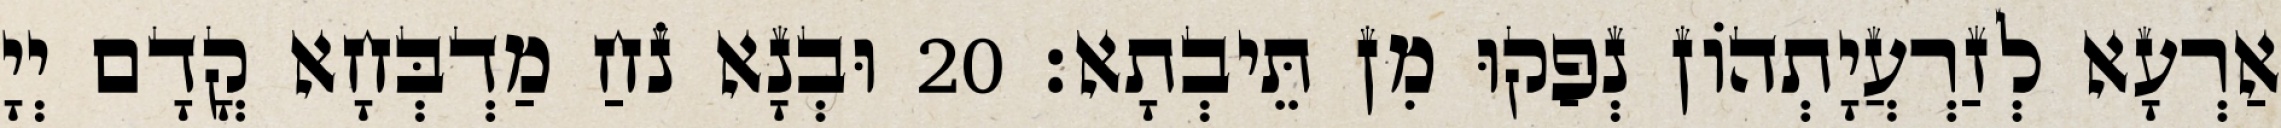
אַרְעָא לְזַרְעֲיָתְהוֹן נְפַקוּ מִן תֵּיבְתָא׃ 20 וּבְנָא נֹחַ מַדְבְּחָא קֳדָם יְיָ